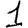
Digit: 1